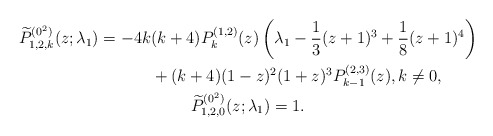
\begin{gather*} \widetilde{P}_{1,2,k}^{(0^{2})}(z; \lambda_1) = -4k ( k+4 ) P_{k}^{(1,2) }(z) \left( \lambda _{1}- \frac{1}{3}(z+1) ^{3}+\frac{1}{8}(z+1) ^{4}\right) \\\hphantom{\widetilde{P}_{1,2,k}^{(0^{2})}(z; \lambda_1) =}{}+(k+4) (1-z) ^{2}(1+z) ^{3}P_{k-1}^{(2,3) }(z), k\ne 0,\\ \widetilde{P}_{1,2,0}^{(0^{2})}(z; \lambda_1) = 1.\end{gather*}